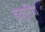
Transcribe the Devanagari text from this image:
इत्रुरिया